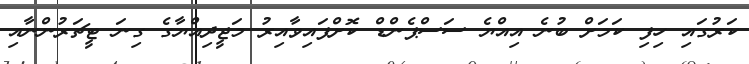
ކަރުގައި ހިފި ކަމަށް ބުނެ އިއްޔެ ސަސްޕެންޑް ކޮށްފައިވާއިރު މަޖީދިއްޔާގެ ގިނަ ޓީޗަރުންނާއި